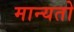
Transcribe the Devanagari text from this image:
मान्यतो